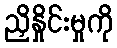
ညှိနှိုင်းမှုကို